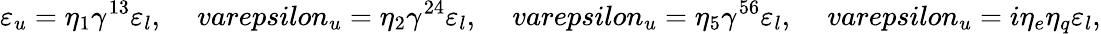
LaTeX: \varepsilon_{u}=\eta_{1}\gamma^{13}\varepsilon_{l},\ \ \ \ \, varepsilon_{u}=\eta_{2}\gamma^{24}\varepsilon_{l},\ \ \ \ \, varepsilon_{u}=\eta_{5}\gamma^{56}\varepsilon_{l},\ \ \ \ \, varepsilon_{u}=i\eta_{e}\eta_{q}\varepsilon_{l},